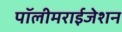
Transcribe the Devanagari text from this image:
पॉलीमराईजेशन